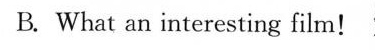
B. What an interesting film!